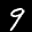
Label: 9